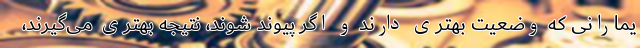
یمارانی که وضعیت بهتری دارند و اگر پیوند شوند، نتیجه بهتری می‌گیرند،